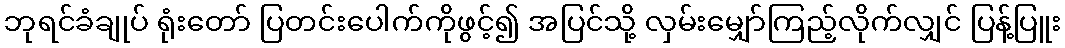
ဘုရင်ခံချုပ် ရုံးတော် ပြတင်းပေါက်ကိုဖွင့်၍ အပြင်သို့ လှမ်းမျှော်ကြည့်လိုက်လျှင် ပြန့်ပြူး